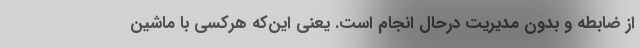
از ضابطه و بدون مدیریت درحال انجام است. یعنی این‌که هرکسی با ماشین